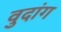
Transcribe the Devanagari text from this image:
वुदांग